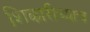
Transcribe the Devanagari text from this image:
शिकारीच्याच